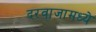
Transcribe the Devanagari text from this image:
दरवाजामध्ये